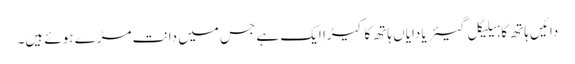
دائیں ہاتھ کا ہیلیکل گیئر یا دایاں ہاتھ کا کیڑا ایک ہے جس میں دانت مڑے ہوئے ہیں۔